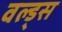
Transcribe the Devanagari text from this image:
वल्ड्स